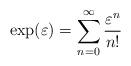
LaTeX: \begin{align*} \exp(\varepsilon)=\sum_{n=0}^{\infty}\frac{\varepsilon^{n}}{n!} \end{align*}